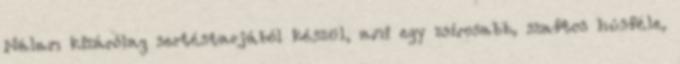
Nálam kizárólag sertéstarjából készül, ami egy zsírosabb, szaftos húsféle,